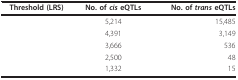
<table><thead><tr><td><b>Threshold (LRS)</b></td><td><b>No. of <i>cis </i>eQTLs</b></td><td><b>No. of <i>trans </i>eQTLs</b></td></tr></thead><tbody><tr><td>[EMPTY_CELL]</td><td>5,214</td><td>15,485</td></tr><tr><td>[EMPTY_CELL]</td><td>4,391</td><td>3,149</td></tr><tr><td>[EMPTY_CELL]</td><td>3,666</td><td>536</td></tr><tr><td>[EMPTY_CELL]</td><td>2,500</td><td>48</td></tr><tr><td>[EMPTY_CELL]</td><td>1,332</td><td>15</td></tr></tbody></table>